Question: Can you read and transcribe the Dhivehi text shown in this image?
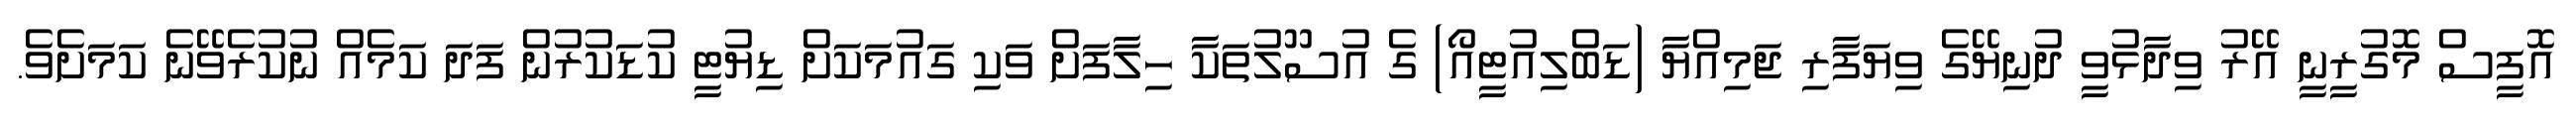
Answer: އޮފީސް މޮގުރީނީ އޭރު ވިދާޅުވީ ދުނިޔޭގެ ވިޔަފާރި ޖަމިއްޔާ (ޑަބްލިއުޓީއޯ) ގެ އުސޫލުތަކާ ހިލާފަށް ވަކި ގައުމަކަށް ޑިޔުޓީ ކުޑަކުރުން ފަދަ ކަމެއް ނުކުރެވޭނެ ކަމަށެވެ.